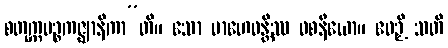
စတုက္ကပဉ္စကဇ္ဈာနိကာ”တိ။ သော မာဟေဝန္တိဿ ဝစနီယော။ ဧဝဉှိ သတိ